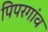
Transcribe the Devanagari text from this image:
पिपरगांव